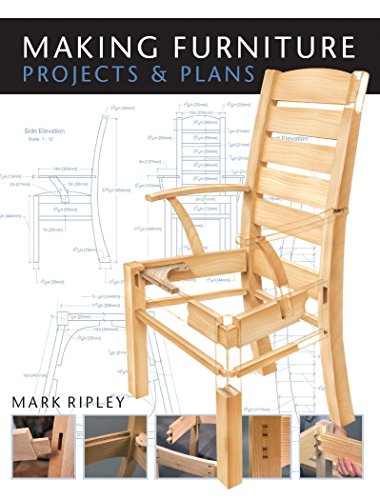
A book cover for Making Furniture: Projects & Plans; Mark Ripley; Crafts, Hobbies & Home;